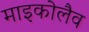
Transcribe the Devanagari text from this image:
माइकोलैव